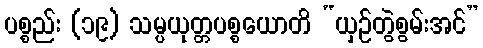
ပစ္စည်း (၁၉) သမ္ပယုတ္တပစ္စယောတိ “ယှဉ်တွဲစွမ်းအင်”